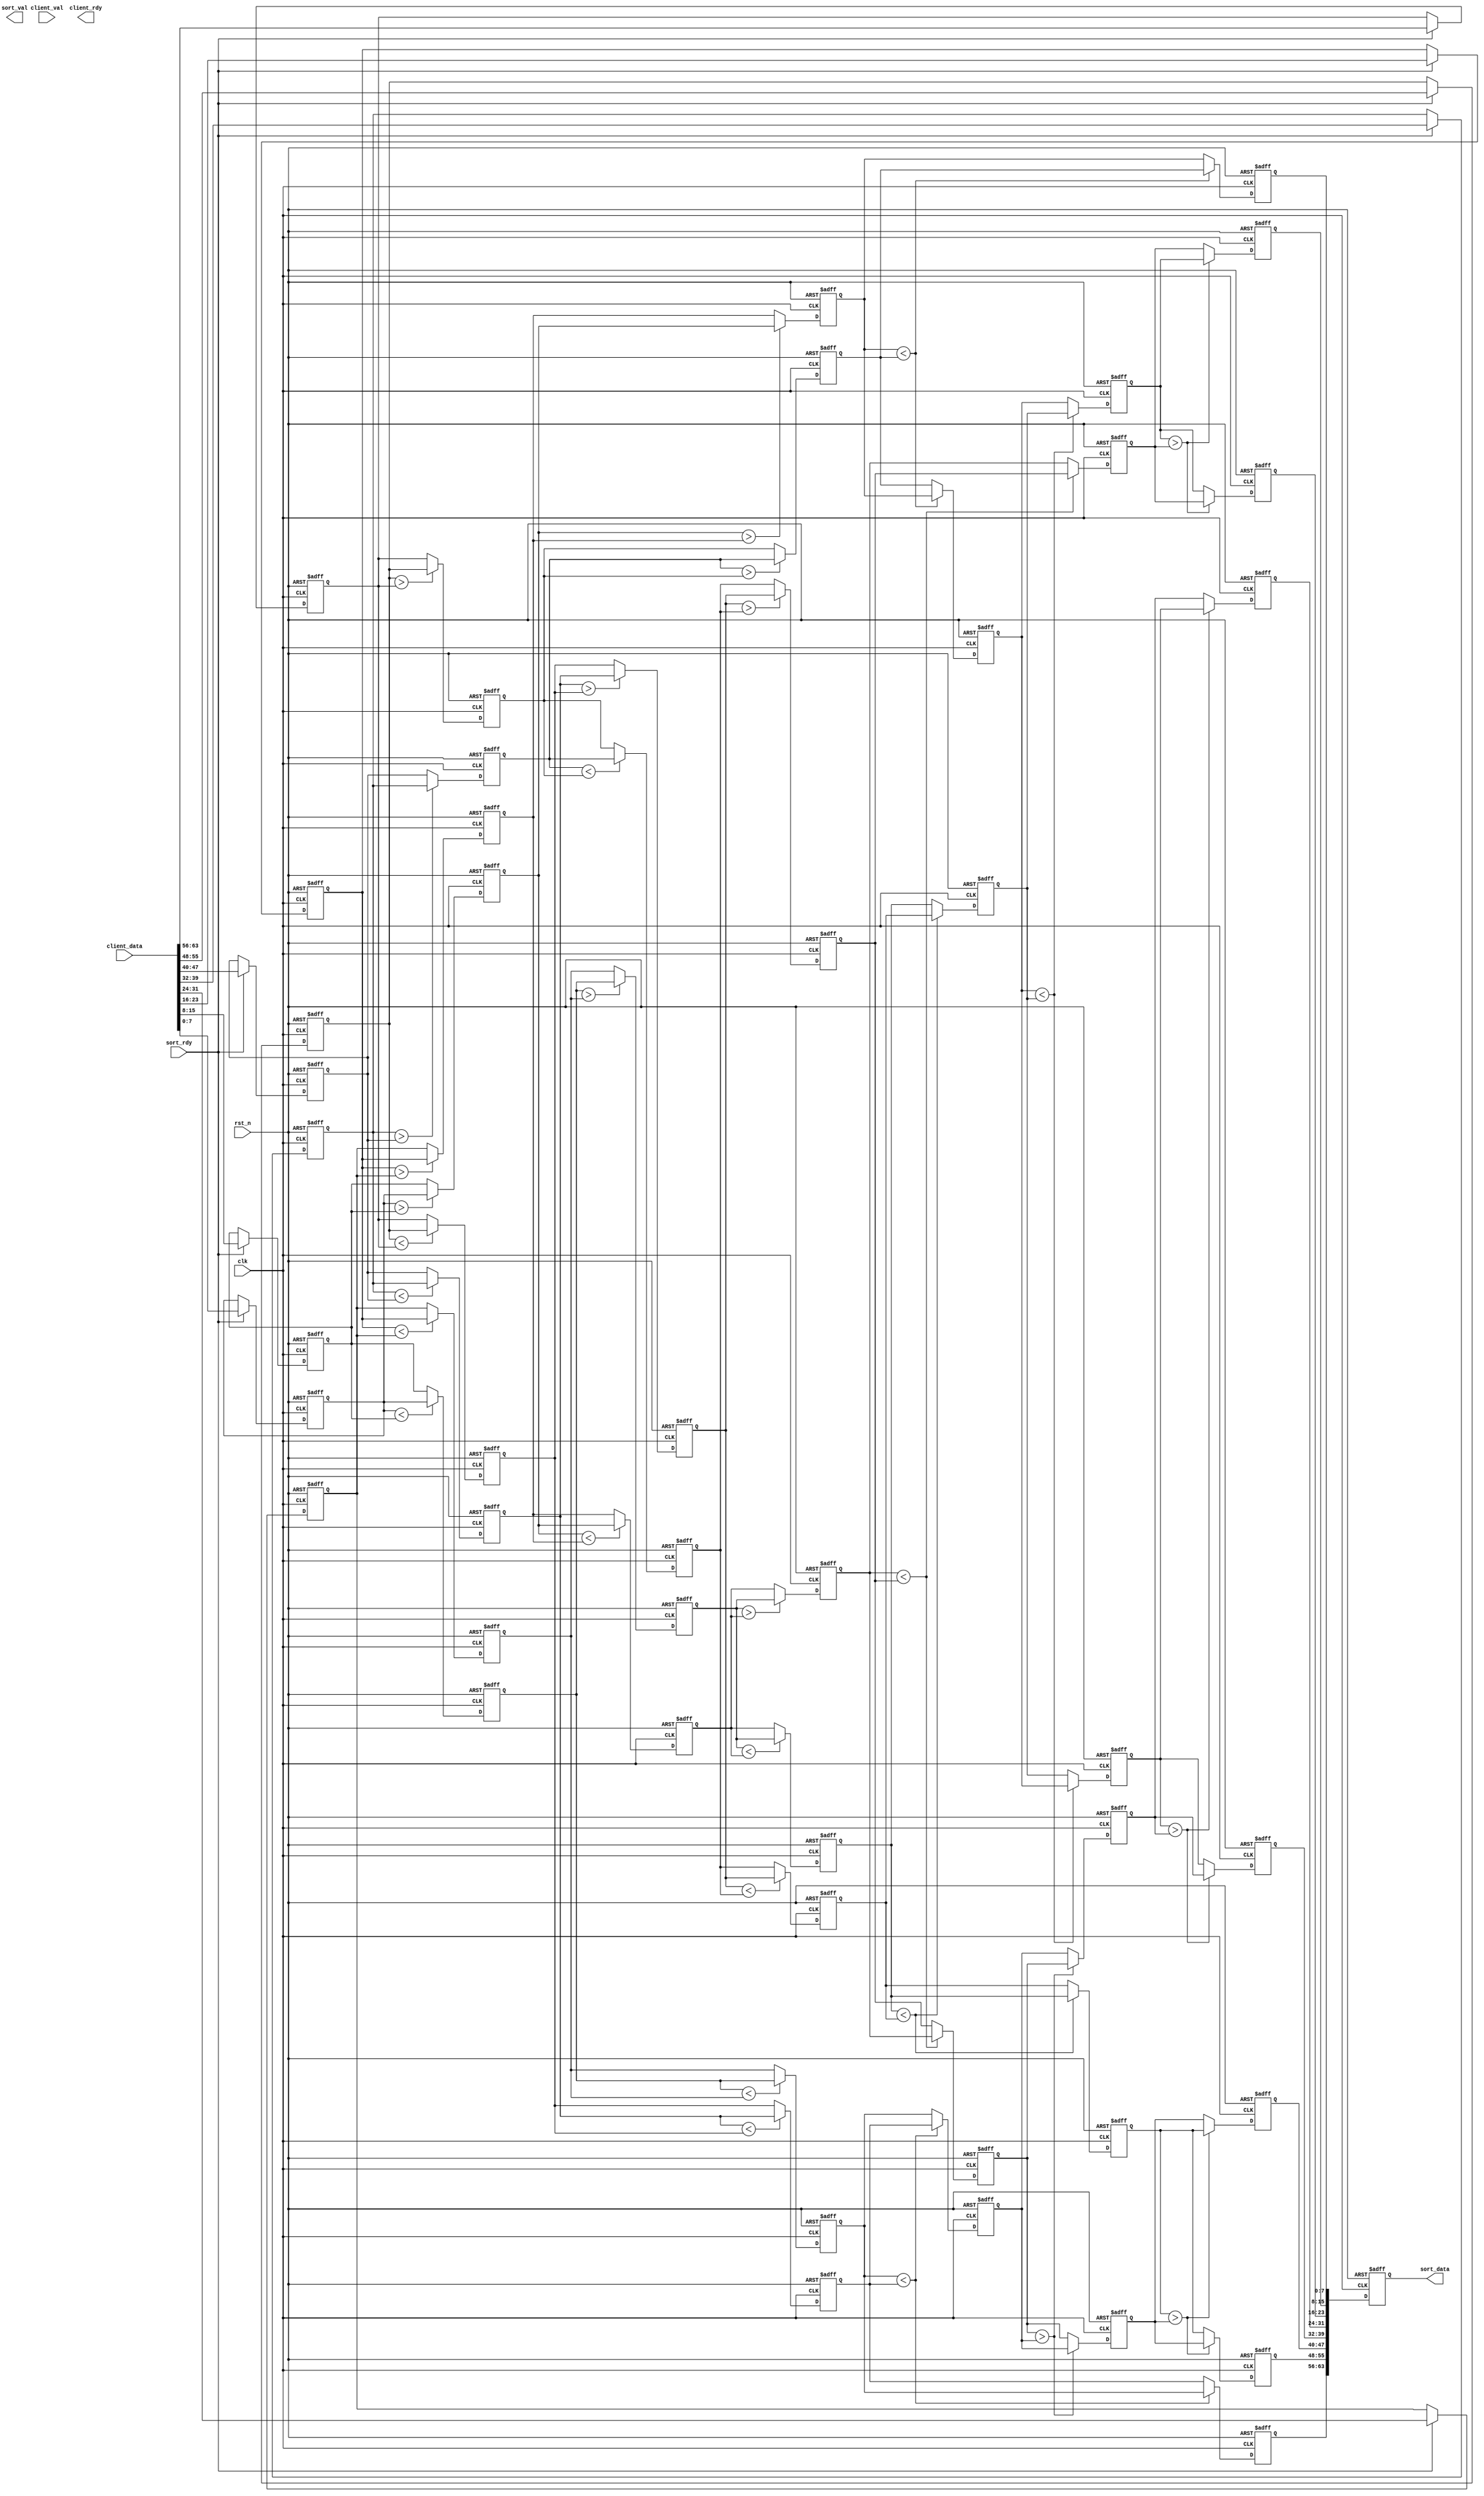

module sort_pipe #(
parameter DATA_WIDTH='d8
)(
input 				          clk,
input 				          rst_n,

input 					      client_val,
input [(8*DATA_WIDTH)-1:0]    client_data,
output reg                    client_rdy,

input 				          sort_rdy,
output reg                    sort_val,
output reg [8*DATA_WIDTH-1:0]   sort_data
);
reg [DATA_WIDTH-1 : 0] D0;
reg [DATA_WIDTH-1 : 0] D1;
reg [DATA_WIDTH-1 : 0] D2;
reg [DATA_WIDTH-1 : 0] D3;
reg [DATA_WIDTH-1 : 0] D4;
reg [DATA_WIDTH-1 : 0] D5;
reg [DATA_WIDTH-1 : 0] D6;
reg [DATA_WIDTH-1 : 0] D7;

reg [DATA_WIDTH-1:0] P0_C0_MAX;
reg [DATA_WIDTH-1:0] P0_C0_MIN;
reg [DATA_WIDTH-1:0] P0_C1_MIN;
reg [DATA_WIDTH-1:0] P0_C1_MAX;
reg [DATA_WIDTH-1:0] P0_C2_MAX;
reg [DATA_WIDTH-1:0] P0_C2_MIN;
reg [DATA_WIDTH-1:0] P0_C3_MIN;
reg [DATA_WIDTH-1:0] P0_C3_MAX;
reg [DATA_WIDTH-1:0] P1_C0_MAX;
reg [DATA_WIDTH-1:0] P1_C0_MIN;
reg [DATA_WIDTH-1:0] P1_C1_MIN;
reg [DATA_WIDTH-1:0] P1_C1_MAX;
reg [DATA_WIDTH-1:0] P1_C2_MAX;
reg [DATA_WIDTH-1:0] P1_C2_MIN;
reg [DATA_WIDTH-1:0] P1_C3_MIN;
reg [DATA_WIDTH-1:0] P1_C3_MAX;
reg [DATA_WIDTH-1:0] P2_C0_MIN;
reg [DATA_WIDTH-1:0] P2_C0_MAX;
reg [DATA_WIDTH-1:0] P2_C1_MIN;
reg [DATA_WIDTH-1:0] P2_C1_MAX;
reg [DATA_WIDTH-1:0] P3_C0_MIN;
reg [DATA_WIDTH-1:0] P3_C0_MAX;
reg [DATA_WIDTH-1:0] P3_C1_MIN;
reg [DATA_WIDTH-1:0] P3_C1_MAX;
reg [DATA_WIDTH-1:0] P3_C2_MIN;
reg [DATA_WIDTH-1:0] P3_C2_MAX;
reg [DATA_WIDTH-1:0] P3_C3_MIN;
reg [DATA_WIDTH-1:0] P3_C3_MAX;
reg [DATA_WIDTH-1:0] P4_C0_MIN;
reg [DATA_WIDTH-1:0] P4_C0_MAX;
reg [DATA_WIDTH-1:0] P4_C1_MAX;
reg [DATA_WIDTH-1:0] P4_C1_MIN;
reg [DATA_WIDTH-1:0] P4_C2_MIN;
reg [DATA_WIDTH-1:0] P4_C2_MAX;
reg [DATA_WIDTH-1:0] P4_C3_MAX;
reg [DATA_WIDTH-1:0] P4_C3_MIN;
reg [DATA_WIDTH-1:0] P5_C0_MIN;
reg [DATA_WIDTH-1:0] P5_C0_MAX;
reg [DATA_WIDTH-1:0] P5_C1_MAX;
reg [DATA_WIDTH-1:0] P5_C1_MIN;
reg [DATA_WIDTH-1:0] P5_C2_MIN;
reg [DATA_WIDTH-1:0] P5_C2_MAX;
reg [DATA_WIDTH-1:0] P5_C3_MAX;
reg [DATA_WIDTH-1:0] P5_C3_MIN;

always @(posedge clk or negedge rst_n) begin
if(~rst_n) D0 <= 'b0;
else if(sort_rdy) D0 <= client_data[DATA_WIDTH-1 : 0];
end
always @(posedge clk or negedge rst_n) begin
if(~rst_n) D1 <= 'b0;
else if(sort_rdy) D1 <=client_data[(2*DATA_WIDTH)-1 : DATA_WIDTH]; 
end
always @(posedge clk or negedge rst_n) begin
if(~rst_n) D2 <= 'b0;
else if(sort_rdy) D2 <=client_data[(3*DATA_WIDTH)-1 :(2*DATA_WIDTH)];
end 
always @(posedge clk or negedge rst_n) begin
if(~rst_n) D3 <= 'b0;
else if(sort_rdy) D3 <=client_data[(4*DATA_WIDTH)-1 :(3*DATA_WIDTH)];
end 

always @(posedge clk or negedge rst_n) begin
if(~rst_n) D4 <= 'b0;
else if(sort_rdy) D4 <=client_data[(5*DATA_WIDTH)-1 :(4*DATA_WIDTH)];
end 

always @(posedge clk or negedge rst_n) begin
if(~rst_n) D5 <= 'b0;
else if(sort_rdy) D5 <=client_data[(6*DATA_WIDTH)-1 :(5*DATA_WIDTH)];
end 

always @(posedge clk or negedge rst_n) begin
if(~rst_n) D6 <= 'b0;
else if(sort_rdy) D6 <=client_data[(7*DATA_WIDTH)-1 :(6*DATA_WIDTH)];
end 

always @(posedge clk or negedge rst_n) begin
if(~rst_n) D7 <= 'b0;
else if(sort_rdy) D7 <=client_data[(8*DATA_WIDTH)-1 :(7*DATA_WIDTH)]; 
end 


always @(posedge clk or negedge rst_n) begin
	if(~rst_n) P0_C0_MIN <= 'b0;
	else if (D0 < D1) begin
		P0_C0_MIN <= D0;
	end
	else P0_C0_MIN <= D1;
end

always @(posedge clk or negedge rst_n) begin
	if(~rst_n) P0_C0_MAX <= 'b0;
	else if (D0 > D1) begin
		P0_C0_MAX <= D0;
	end
	else P0_C0_MAX <= D1;
end

always @(posedge clk or negedge rst_n) begin
	if(~rst_n) P0_C1_MIN <= 'b0;
	else if (D2 < D3) begin
		P0_C1_MIN <= D2;
	end
	else P0_C1_MIN <= D3;
end

always @(posedge clk or negedge rst_n) begin
	if(~rst_n) P0_C1_MAX <= 'b0;
	else if (D2 > D3) begin
		P0_C1_MAX <= D2;
	end
	else P0_C1_MAX <= D3;
end

always @(posedge clk or negedge rst_n) begin
	if(~rst_n) P0_C2_MIN <= 'b0;
	else if (D4 < D5) begin
		P0_C2_MIN <= D4;
	end
	else P0_C2_MIN <= D5;
end

always @(posedge clk or negedge rst_n) begin
	if(~rst_n) P0_C2_MAX <= 'b0;
	else if (D4 > D5) begin
		P0_C2_MAX <= D4;
	end
	else P0_C2_MAX <= D5;
end
always @(posedge clk or negedge rst_n) begin
	if(~rst_n) P0_C3_MIN <= 'b0;
	else if (D6 < D7) begin
		P0_C3_MIN <= D6;
	end
	else P0_C3_MIN <= D7;
end

always @(posedge clk or negedge rst_n) begin
	if(~rst_n) P0_C3_MAX <= 'b0;
	else if (D6 > D7) begin
		P0_C3_MAX <= D6;
	end
	else P0_C3_MAX <= D7;
end

always @(posedge clk or negedge rst_n) begin
if(~rst_n) P1_C0_MIN <= 'b0;
	else if (P0_C0_MIN < P0_C1_MIN) begin
		P1_C0_MIN <=P0_C0_MIN;
	end
	else P1_C0_MIN <= P0_C1_MIN;
end
always @(posedge clk or negedge rst_n) begin
if(~rst_n) P1_C0_MAX <= 'b0;
	else if (P0_C0_MIN >P0_C1_MIN) begin
		P1_C0_MAX <=P0_C0_MIN;
	end
	else P1_C0_MAX <= P0_C1_MIN;
end


always @(posedge clk or negedge rst_n) begin
if(~rst_n) P1_C1_MIN <= 'b0;
	else if (P0_C0_MAX < P0_C1_MAX) begin
		P1_C1_MIN <=P0_C0_MAX;
	end
	else P1_C1_MIN <= P0_C1_MAX;
end
always @(posedge clk or negedge rst_n) begin
if(~rst_n) P1_C1_MAX <= 'b0;
	else if (P0_C0_MAX >P0_C1_MAX) begin
		P1_C1_MAX <=P0_C0_MAX;
	end
	else P1_C1_MAX <= P0_C1_MAX;
end


always @(posedge clk or negedge rst_n) begin
if(~rst_n) P1_C2_MIN <= 'b0;
	else if (P0_C2_MIN < P0_C3_MIN) begin
		P1_C2_MIN <=P0_C2_MIN;
	end
	else P1_C2_MIN <= P0_C3_MIN;
end
always @(posedge clk or negedge rst_n) begin
if(~rst_n) P1_C2_MAX <= 'b0;
	else if (P0_C2_MIN >P0_C3_MIN) begin
		P1_C2_MAX <=P0_C2_MIN;
end
	else P1_C2_MAX <= P0_C3_MIN;
end


always @(posedge clk or negedge rst_n) begin
if(~rst_n) P1_C3_MIN <= 'b0;
	else if (P0_C2_MAX < P0_C3_MAX) begin
		P1_C3_MIN <=P0_C2_MAX;
	end
	else P1_C3_MIN <= P0_C3_MAX;
end
always @(posedge clk or negedge rst_n) begin
if(~rst_n) P1_C3_MAX <= 'b0;
	else if (P0_C2_MAX >P0_C3_MAX) begin
		P1_C3_MAX <=P0_C2_MAX;
	end
	else P1_C3_MAX <= P0_C3_MAX;
end

always @(posedge clk or negedge rst_n) begin
if(~rst_n) P2_C0_MIN <= 'b0;
else if(P1_C0_MAX<P1_C1_MIN)begin
       P2_C0_MIN<=P1_C0_MAX;
end
	 else P2_C0_MIN<=P1_C1_MIN;
	end
always @(posedge clk or negedge rst_n) begin  
if(~rst_n) P2_C0_MAX <= 'b0;
else if(P1_C0_MAX>P1_C1_MIN) begin
     P2_C0_MAX<=P1_C0_MAX;
	 end
	 else P2_C0_MAX<=P1_C1_MIN;
	 end
	 
always @(posedge clk or negedge rst_n) begin
if(~rst_n) P2_C1_MIN <= 'b0;
else if(P1_C2_MAX<P1_C3_MIN)begin
     P2_C1_MIN<=P1_C2_MAX;
	 end
	 else P2_C1_MIN<=P1_C3_MIN;
	 end
always @(posedge clk or negedge rst_n) begin  
if(~rst_n) P2_C1_MAX <= 'b0;
else if(P1_C2_MAX>P1_C3_MIN)begin
     P2_C1_MAX<=P1_C2_MAX;
	 end
	 else P2_C1_MAX<=P1_C3_MIN;
	 end
//=======================//
always @(posedge clk or negedge rst_n) begin
if(~rst_n) P3_C0_MIN <= 'b0;
else if(P1_C0_MIN<P1_C2_MIN)begin
     P3_C0_MIN<=P1_C0_MIN;
	 end
	 else P3_C0_MIN<=P1_C2_MIN;
end

always @(posedge clk or negedge rst_n) begin
if(~rst_n) P3_C2_MIN <= 'b0;
else if(P1_C0_MIN<P1_C2_MIN)begin
     P3_C2_MIN<=P1_C2_MIN;
	 end
	 else P3_C2_MIN<=P1_C0_MIN;
end
//=================// p3 c0&2 min
//================// 
always @(posedge clk or negedge rst_n) begin
if(~rst_n) P3_C0_MAX <= 'b0;
else if(P2_C0_MIN<P2_C1_MIN)begin
     P3_C0_MAX<=P2_C0_MIN;
	 end
	 else P3_C0_MAX<=P2_C1_MIN;
	 end

always @(posedge clk or negedge rst_n) begin
if(~rst_n) P3_C2_MAX <= 'b0;
else if(P2_C0_MIN<P2_C1_MIN)begin
     P3_C2_MAX<=P2_C1_MIN;
	 end
	 else P3_C2_MAX<=P2_C0_MIN;
 end
 //=================// p3 c0&2 max
//================// 
 always @(posedge clk or negedge rst_n) begin
 if(~rst_n)P3_C1_MIN<='b0;
 else if(P2_C0_MAX<P2_C1_MAX)begin
  P3_C1_MIN<=P2_C0_MAX;
  end
  else P3_C1_MIN<=P2_C1_MAX;
  end
  
   always @(posedge clk or negedge rst_n) begin
 if(~rst_n)P3_C3_MIN<='b0;
 else if(P2_C0_MAX<P2_C1_MAX)begin
  P3_C3_MIN<=P2_C1_MAX;
  end
  else P3_C3_MIN<=P2_C0_MAX;
  end
   //=================// p3 c1&3 min
//================// 
  always @(posedge clk or negedge rst_n) begin
 if(~rst_n)P3_C1_MAX<='b0;
 else if(P1_C1_MAX<P1_C3_MAX)begin
  P3_C1_MAX<=P1_C1_MAX;
  end
  else P3_C1_MAX<=P1_C3_MAX;
  end
  
   always @(posedge clk or negedge rst_n) begin
 if(~rst_n)P3_C3_MAX<='b0;
 else if(P1_C1_MAX<P1_C3_MAX)begin
  P3_C3_MAX<=P1_C3_MAX;
  end
  else P3_C3_MAX<=P1_C1_MAX;
  end
//=================// p3 c1&3 max
//================// 
always @(posedge clk or negedge rst_n) begin
  if(~rst_n)P4_C1_MIN<='b0;
  else if(P3_C1_MIN>P3_C2_MIN)begin
  P4_C1_MIN<=P3_C2_MIN;
  end
  else P4_C1_MIN <=P3_C1_MIN;
  end

always @(posedge clk or negedge rst_n) begin
  if(~rst_n)P4_C2_MIN<='b0;
  else if(P3_C1_MIN>P3_C2_MIN)begin
  P4_C2_MIN<=P3_C1_MIN;
  end
  else P4_C2_MIN <=P3_C2_MIN;
  end 
//=================// p4 c1&2 min
//================// 
always @(posedge clk or negedge rst_n) begin
   if(~rst_n) P4_C1_MAX<='b0;
   else if(P3_C1_MAX<P3_C2_MAX)begin
   P4_C1_MAX<=P3_C1_MAX;
   end
   else  P4_C1_MAX<=P3_C2_MAX;
   end
    
always @(posedge clk or negedge rst_n) begin
   if(~rst_n)P4_C2_MAX<='b0;
   else if(P3_C1_MAX<P3_C2_MAX)begin
   P4_C2_MAX<=P3_C2_MAX;
   end
   else P4_C2_MAX<=P3_C1_MAX;
   end
 //=================// p4 c1&2  max
//================//   
always @(posedge clk or negedge rst_n) begin
   if(~rst_n)P5_C0_MAX<='b0;
   else if(P3_C0_MAX>P4_C1_MIN)begin
   P5_C0_MAX<=P4_C1_MIN;
   end
   else P5_C0_MAX<=P3_C0_MAX;
   end
always @(posedge clk or negedge rst_n) begin
   if(~rst_n)P5_C1_MIN<='b0;
   else if(P3_C0_MAX>P4_C1_MIN)begin
   P5_C1_MIN<=P3_C0_MAX;
   end
   else  P5_C1_MIN<=P4_C1_MIN;
end

//=================// p5 c0 max p5 c1 min
//================//   
always @(posedge clk or negedge rst_n) begin
   if(~rst_n)P5_C1_MAX<='b0;
   else if(P4_C1_MAX>P4_C2_MIN)begin
   P5_C1_MAX<=P4_C2_MIN;
   end
   else  P5_C1_MAX<=P4_C1_MAX;
end

always @(posedge clk or negedge rst_n) begin
   if(~rst_n)P5_C2_MIN<='b0;
   else if(P4_C1_MAX>P4_C2_MIN)begin
   P5_C2_MIN<=P4_C1_MAX;
   end
   else P5_C2_MIN<=P4_C2_MIN;
   end
//=================// p5 c1 max p5 c2 min
//================// 

always @(posedge clk or negedge rst_n) begin
   if(~rst_n)P5_C2_MAX<='b0;
   else if(P4_C2_MAX>P3_C3_MIN)begin
   	P5_C2_MAX<=P3_C3_MIN;
   end
   else  P5_C2_MAX<=P4_C2_MAX;
end

always @(posedge clk or negedge rst_n) begin
   if(~rst_n)P5_C3_MIN<='b0;
   else if(P4_C2_MAX>P3_C3_MIN)begin
   P5_C3_MIN<=P4_C2_MAX;
   end
   else P5_C3_MIN<=P3_C3_MIN;
   end
//=================// p5 c2 max p5 c3 min
//================// 
 always @(posedge clk or negedge rst_n) begin
	 if(~rst_n)sort_data<=64'b0;
	 else
     sort_data={P3_C0_MIN,P5_C0_MAX,P5_C1_MIN,P5_C1_MAX,P5_C2_MIN,P5_C2_MAX,P5_C3_MIN,P3_C3_MAX};
	 end
   endmodule